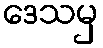
ဒေသမှ